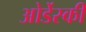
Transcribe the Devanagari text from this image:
ओर्डेस्की